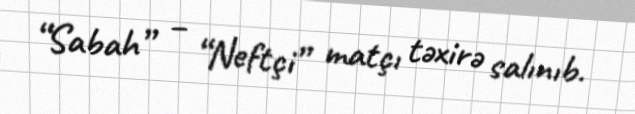
“Sabah” – “Neftçi” matçı təxirə salınıb.